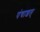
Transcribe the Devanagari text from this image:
पंचाशत्